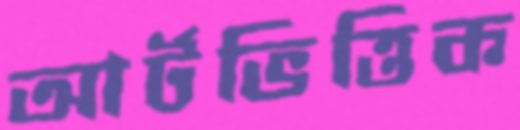
আর্টভিত্তিক